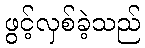
ဖွင့်လှစ်ခဲ့သည်